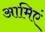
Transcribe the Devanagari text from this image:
आमिएं